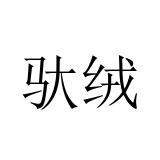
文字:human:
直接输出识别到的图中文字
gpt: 驮绒